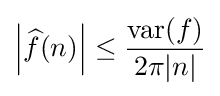
\left|{\widehat {f}}(n)\right|\leq {{\rm {var}}(f) \over 2\pi |n|}